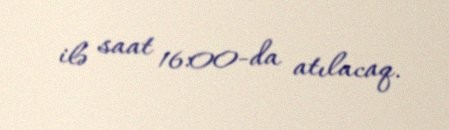
ilə saat 16:00-da atılacaq.